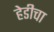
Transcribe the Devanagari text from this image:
हेडीचा